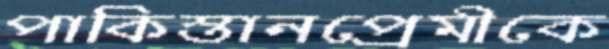
পাকিস্তানপ্রেমীকে